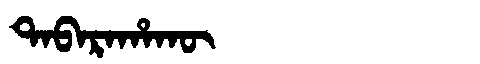
Manchu: ᡨᠠᠪᠠᡵᠠᡥᠠᡴᡡ
Romanization: TABARAHAKŪ